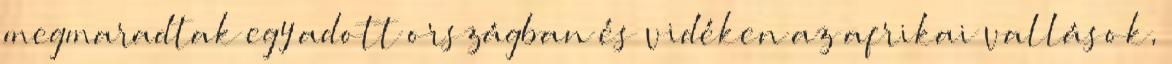
megmaradtak egy adott országban és vidéken az afrikai vallások,